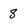
Character: 8